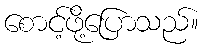
စောင့်ဖို့ပြောသည်။